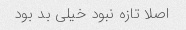
اصلا تازه نبود خیلی بد بود